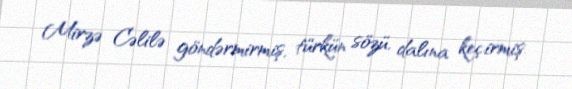
Mirzə Cəlilə göndərmirmiş, türkün sözü, dalına keçirmiş.